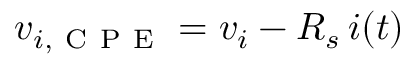
v _ { i , \mathrm { ~ C ~ P ~ E ~ } } = v _ { i } - R _ { s } \, i ( t )